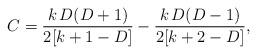
LaTeX: \begin{align*}C=\frac{k\, D(D+1)}{2[k +1-D]}-\frac{k\, D(D-1)}{2[k+2-D]},\end{align*}